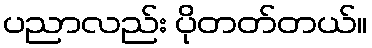
ပညာလည်း ပိုတတ်တယ်။